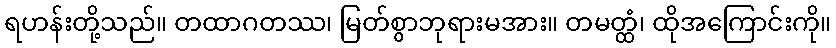
ရဟန်းတို့သည်။ တထာဂတဿ၊ မြတ်စွာဘုရားမအား။ တမတ္ထံ၊ ထိုအကြောင်းကို။